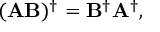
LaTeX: ( \mathbf { A B } ) ^ { \dagger } = \mathbf { B } ^ { \dagger } \mathbf { A } ^ { \dagger } ,